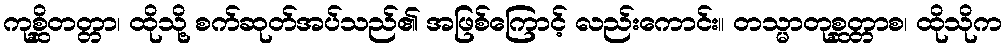
ကုစ္ဆိတတ္တာ၊ ထိုသို့ စက်ဆုတ်အပ်သည်၏ အဖြစ်ကြောင့် လည်းကောင်း။ တသ္မာတုစ္ဆတ္တာစ၊ ထိုသိုက